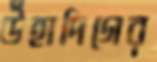
উঁহাদিগের